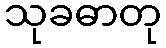
သုခဓာတု